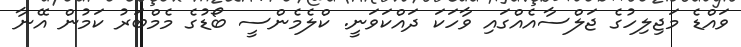
ވައްޑެ މަޖިލިހުގެ ޖަލްސާއެއްގައި ވާހަކަ ދައްކަވަނީ. ކްލެމެންސީ ބޯޑުގެ މެމްބަރު ކަމުން އޭނާ